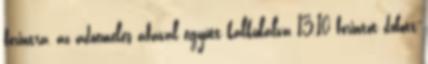
forintra, az adóemelés áfával együtt kalkulálva 13,10 forintot dobott